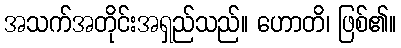
အသက်အတိုင်းအရှည်သည်။ ဟောတိ၊ ဖြစ်၏။